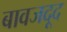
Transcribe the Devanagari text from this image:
बावजदूद